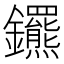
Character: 𨰟